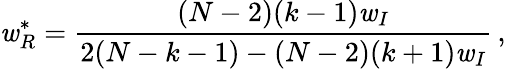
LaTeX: \mathit{w}_{R}^{*}=\frac{{(N-2)(k-1)\mathit{w}_{I}}}{{2(N-k-1)-(N-2)(k+1)\mathit{w}_{I}}}\, ,